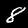
Label: 8